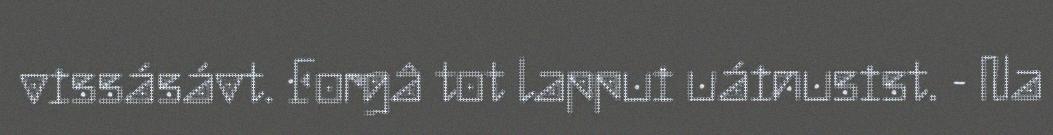
vissásávt. Forgâ tot lappui uáinusist. - Na